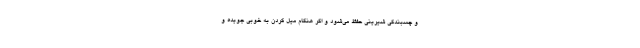
و چسبندگی شیرینی حفظ می‌شود و اگر هنگام میل کردن به خوبی جویده و